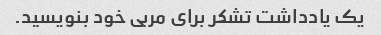
یک یادداشت تشکر برای مربی خود بنویسید.